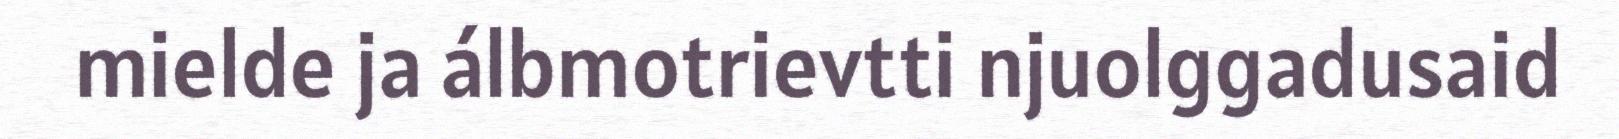
mielde ja álbmotrievtti njuolggadusaid